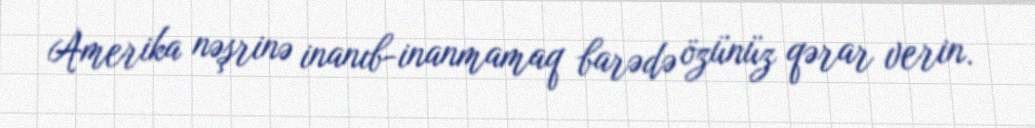
Amerika nəşrinə inanıb-inanmamaq barədə özünüz qərar verin.